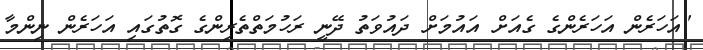
"އަހަރެން އަހަރެންގެ ގެއަށް އައުމަށް ދައުވަތު ދޭނީ ރަހުމަތްތެރިންގެ ގޮތުގައި އަހަރެން ނިންމާ